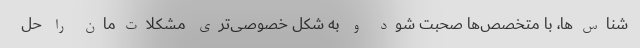
شناس‌ها، با متخصص‌ها صحبت شود و به شکل خصوصی‌تری مشکلات‌مان را حل